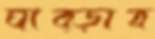
ঘাব্‌ড়াব